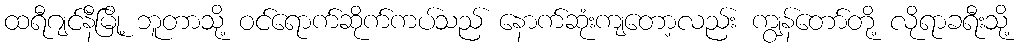
ထရီဂျင်နီမြို့ ဘူတာသို့ ဝင်ရောက်ဆိုက်ကပ်သည် နောက်ဆုံးကျတော့လည်း ကျွန်တော်တို့ လိုရာခရီးသို့